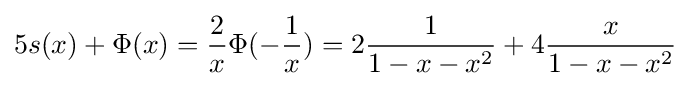
5s(x)+\Phi (x)={\frac {2}{x}}\Phi (-{\frac {1}{x}})=2{\frac {1}{1-x-x^{2}}}+4{\frac {x}{1-x-x^{2}}}